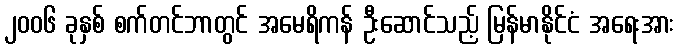
၂၀၀၆ ခုနှစ် စက်တင်ဘာတွင် အမေရိကန် ဦးဆောင်သည့် မြန်မာနိုင်ငံ အရေးအား